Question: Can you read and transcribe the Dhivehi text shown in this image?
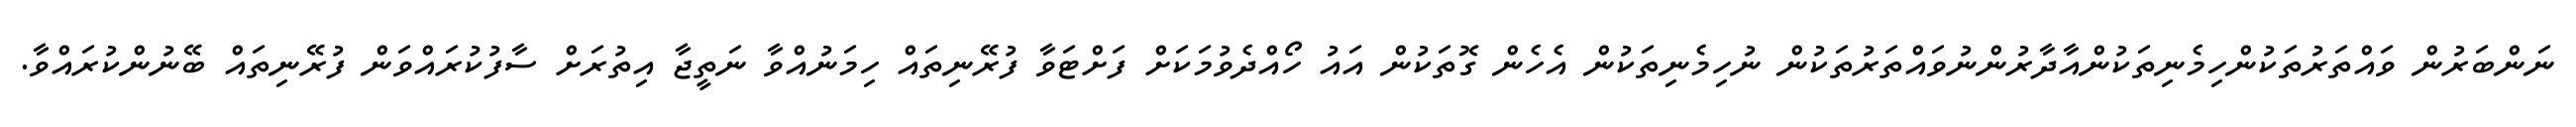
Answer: ނަންބަރުން ވައްތަރުތަކުންހިމެނިތަކުންއާދާރުންނުވައްތަރުތަކުން ނުހިމެނިތަކުން އެހެން ގޮތަކުން އައު ހޯއްދެވުމަކަށް ފަށްޓަވާ ފުރޭނިތައް ހިމަނުއްވާ ނަތީޖާ އިތުރަށް ސާފުކުރައްވަން ފުރޭނިތައް ބޭނުންކުރައްވާ.